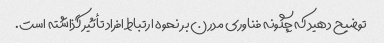
توضیح دهید که چگونه فناوری مدرن بر نحوه ارتباط افراد تأثیر گذاشته است.